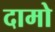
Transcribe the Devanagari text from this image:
दामो